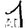
Digit: 1